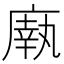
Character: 𫷼